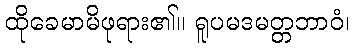
ထိုခေမာမိဖုရား၏။ ရူပမဒမတ္တဘာဝံ၊